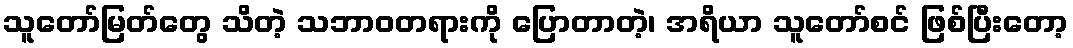
သူတော်မြတ်တွေ သိတဲ့ သဘာဝတရားကို ပြောတာတဲ့၊ အရိယာ သူတော်စင် ဖြစ်ပြီးတော့